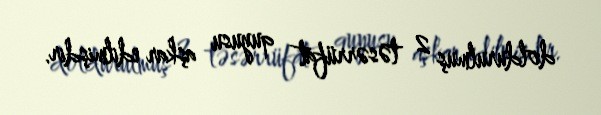
doldurulmuş 2 təsərrüfat quyusu aşkar edilmişdir.